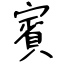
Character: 賓